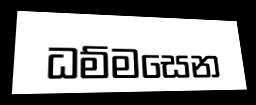
ධම්මසෙන